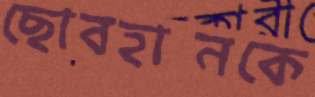
ছোবহানকে